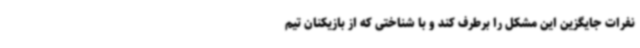
نفرات جایگزین این مشکل را برطرف کند و با شناختی که از بازیکنان تیم